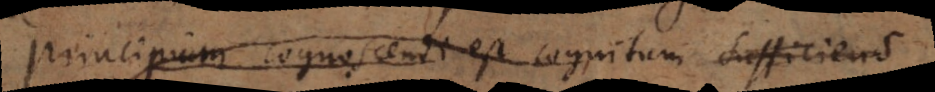
Principium cognoscendi est cognitum sufficiens